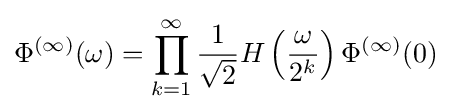
\Phi ^{(\infty )}(\omega )=\prod _{k=1}^{\infty }{\frac {1}{\sqrt {2}}}H\left({\frac {\omega }{2^{k}}}\right)\Phi ^{(\infty )}(0)